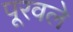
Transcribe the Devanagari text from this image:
पूरवले